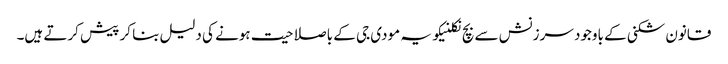
قانون شکنی کے باوجود سرزنش سے بچ نکلنیکو یہ مودی جی کے باصلاحیت ہونے کی دلیل بنا کر پیش کرتے ہیں۔